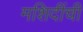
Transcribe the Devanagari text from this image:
मशिदींची